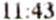
11:43